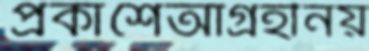
প্রকাশেআগ্রহীনয়